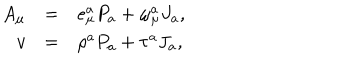
LaTeX: \begin{array} { r c l } { { A _ { \mu } } } & { { = } } & { { e _ { \mu } ^ { a } P _ { a } + \omega _ { \mu } ^ { a } J _ { a } , } } \\ { { v } } & { { = } } & { { \rho ^ { a } P _ { a } + \tau ^ { a } J _ { a } , } } \\ \end{array}